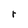
Character: r